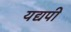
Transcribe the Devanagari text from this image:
यद्यपी